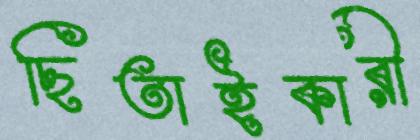
ছিতাইকারী